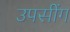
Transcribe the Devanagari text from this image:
उपसींग